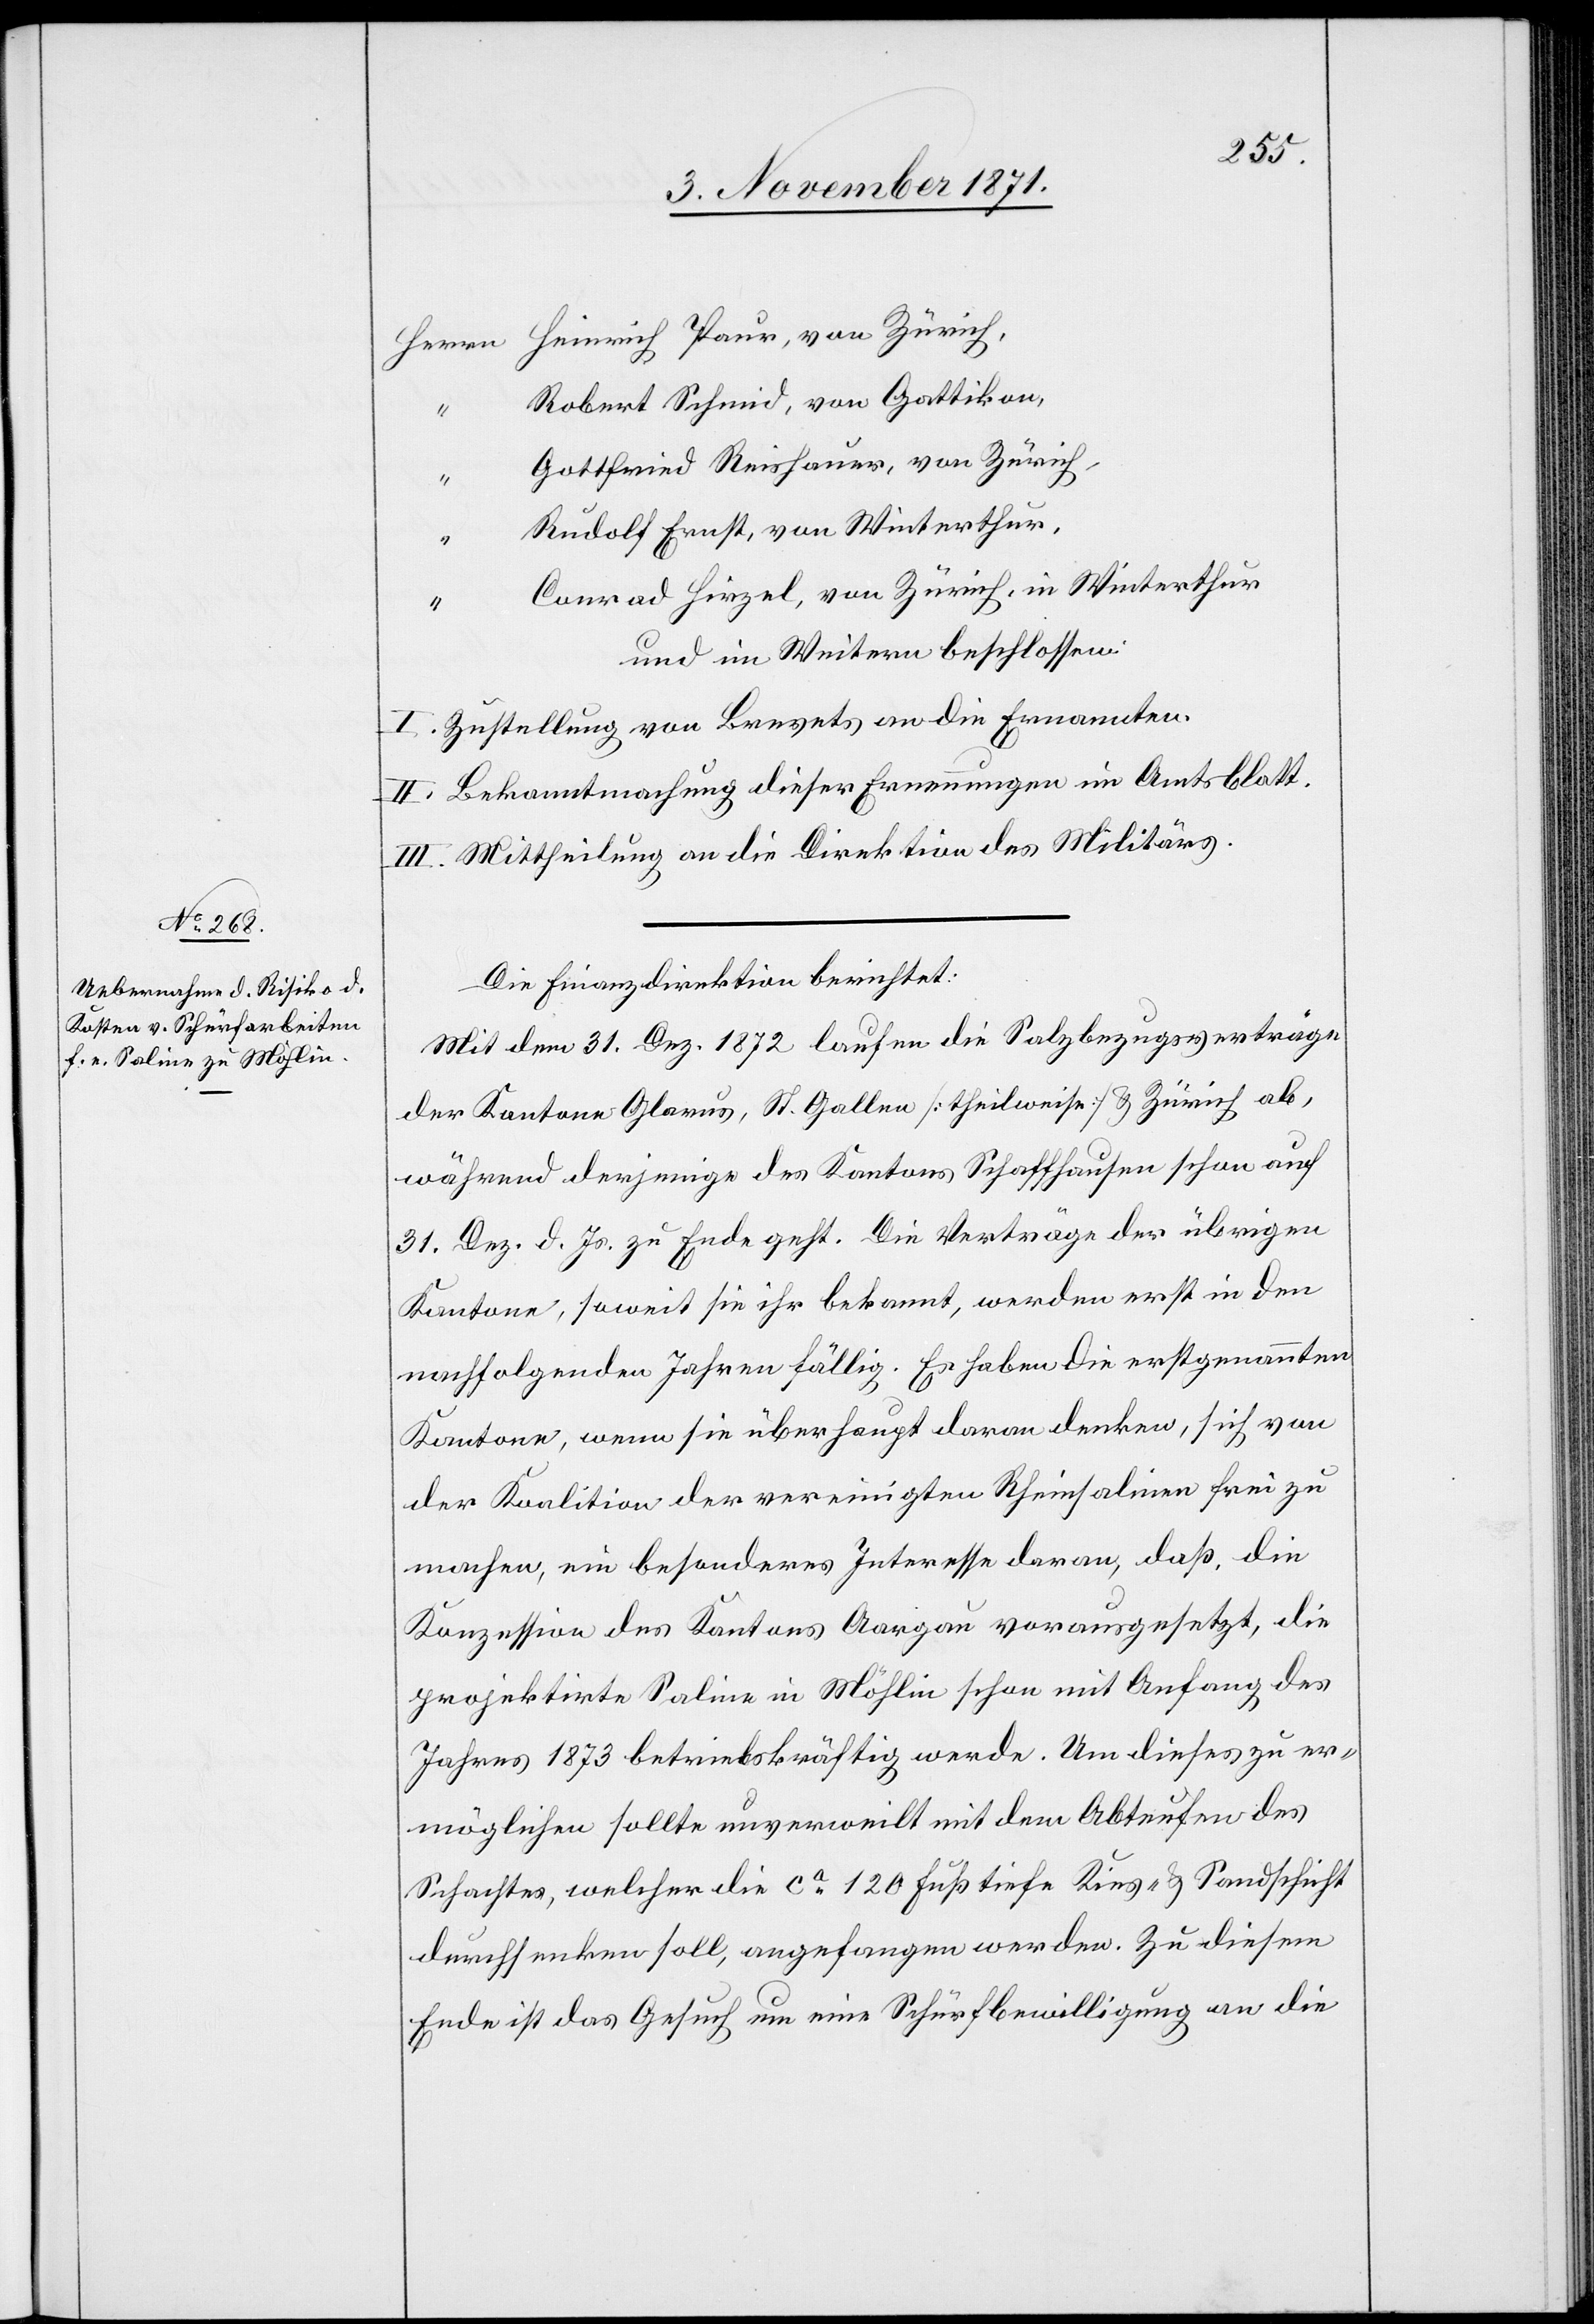
Herrn Heinrich Paur, von Zürich,
Robert Schmid, von Gattikon,
“
Gottfried Reishauer, von Zürich,
“
Rudolf Ernst, von Winterthur,
“
Conrad Hirzel, von Zürich, in Winterthur
und im Weitern beschlossen:
I. Zustellung von Brevets an die Ernannten.
II. Bekanntmachung dieser Ernennungen im Amtsblatt.
III. Mittheilung an die Direktion des Militärs.
Die Finanzdirektion berichtet:
Mit dem 31. Dez. 1872 laufen die Salzbezugsverträge
der Kantone Glarus, St. Gallen [theilweise] & Zürich ab,
während derjenige des Kantons Schaffhausen schon auf
31. Dez. d. Js. zu Ende geht. Die Verträge der übrigen
Kantone, soweit sie ihr bekannt, werden erst in den
nachfolgenden Jahren fällig. Es haben die erstgenannten
Kantone, wenn sie überhaupt daran denken, sich von
der Koalition der vereinigten Rheinsalinen frei zu
machen, ein besonderes Interesse daran, daß die
Konzession des Kantons Aargau vorausgesetzt, die
projektirte Saline in Möhlin schon mit Anfang des
Jahres 1873 betriebskräftig werde. Um dieses zu er¬
möglichen sollte unverweilt mit dem Abteufen des
Schachtes, welcher die ca 120 Fuß tiefe Kies- & Sandschicht
durchsenken soll, angefangen werden. Zu diesem
Ende ist das Gesuch um eine Schürfbewilligung an die